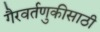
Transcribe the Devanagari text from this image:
गैरवर्तणुकीसाठी